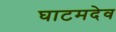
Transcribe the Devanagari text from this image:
घाटमदेव